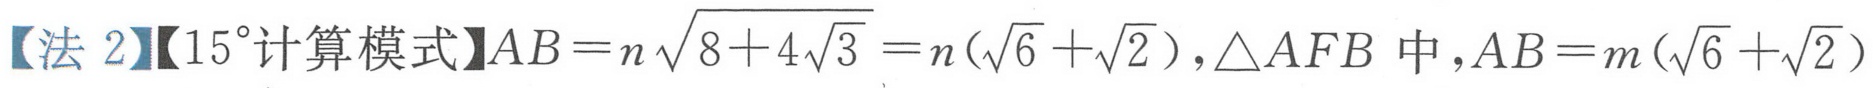
【法 2】【$15^{\circ}$计算模式】$AB = n\sqrt{8 + 4\sqrt{3}} = n(\sqrt{6}+\sqrt{2})$,$\triangle AFB$ 中,$AB = m(\sqrt{6}+\sqrt{2})$